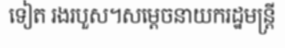
ទៀត រងរបួស។សម្តេចនាយករដ្ឋមន្ត្រី